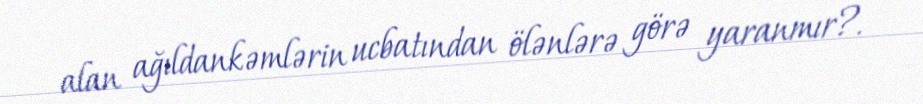
alan ağıldankəmlərin ucbatından ölənlərə görə yaranmır?.